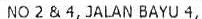
NO 2 & 4, JALAN BAYU 4,